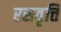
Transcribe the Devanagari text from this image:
रसवृत्ति